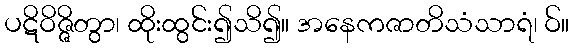
ပဋိဝိဇ္ဇိတွာ၊ ထိုးထွင်း၍သိ၍။ အနေကဇာတိသံသာရံ၊ ဝ်။